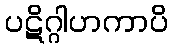
ပဋိဂ္ဂါဟကာပိ